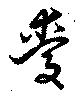
愛